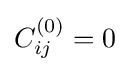
{\textstyle C_{ij}^{(0)}=0}